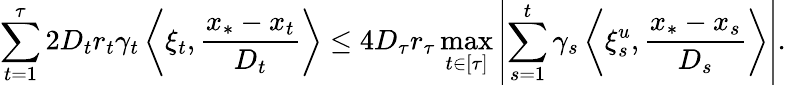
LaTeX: \sum_{t=1}^{\tau}2D_{t}r_{t}\gamma_{t}\left\langle\xi_{t},\frac{x_{*}-x_{t}}{D_{t}}\right\rangle\leq 4D_{\tau}r_{\tau}\operatorname*{max}_{t\in\left[\tau\right]}\left|\sum_{s=1}^{t}\gamma_{s}\left\langle\xi_{s}^{u},\frac{x_{*}-x_{s}}{D_{s}}\right\rangle\right|.